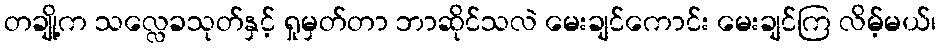
တချို့က သလ္လေခသုတ်နှင့် ရှုမှတ်တာ ဘာဆိုင်သလဲ မေးချင်ကောင်း မေးချင်ကြ လိမ့်မယ်၊